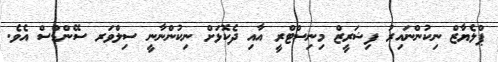
ޕްލެޔާޒް ނިކުންނައިރު ފިޝަރީޒް މިނިސްޓްރީ އާއި ދެކޮޅަށް ނިކުންނާނީ ސިލްވަރ ސޭންޑްސް އެވެ.